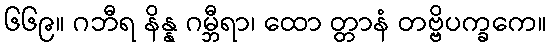
၆၆၉။ ဂဘီရ နိန္န ဂမ္ဘီရာ၊ ထော တ္တာနံ တဗ္ဗိပက္ခကေ။